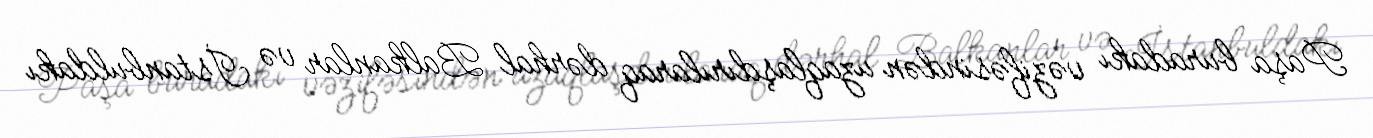
Paşa buradakı vəzifəsindən uzaqlaşdırılaraq dərhal Balkanlar və İstanbuldakı